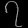
Digit: ၇